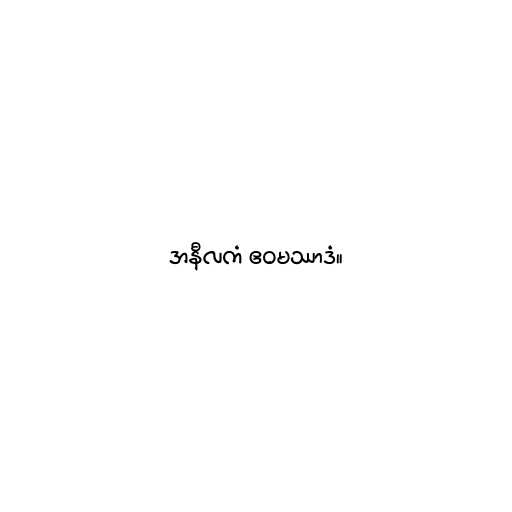
အနီလကံ ဧဝမဿာဒံ။